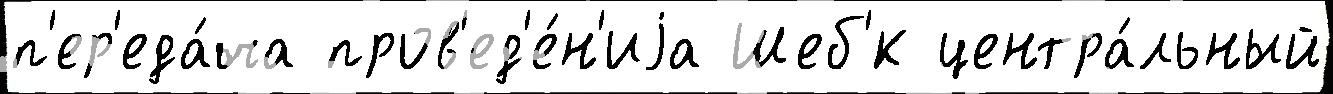
п'ер'еда́ча пров'ед'е́н'иjа Шеб'́к центра́льный